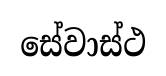
සේවාස්ථ